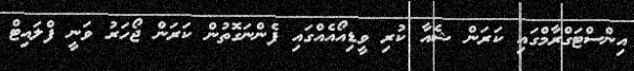
އިންސްޓަގްރާމްގައި ކަރަން ޝެއާ ކުރި ވީޑިއޯއެއްގައި ފެންނަގޮތުން ކަރަން ޖޯހަރު ވަނީ ފްލައިޓް